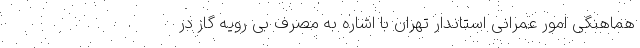
هماهنگی امور عمرانی استاندار تهران با اشاره به مصرف بی رویه گاز در